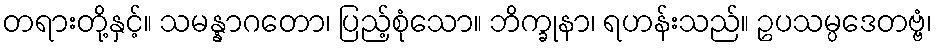
တရားတို့နှင့်။ သမန္နာဂတော၊ ပြည့်စုံသော။ ဘိက္ခုနာ၊ ရဟန်းသည်။ ဥပသမ္ပဒေတဗ္ဗံ၊